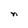
Character: n